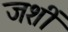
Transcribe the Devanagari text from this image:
जशीं